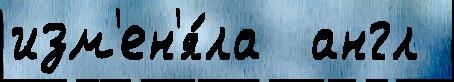
изм'ен'я́ла  англ